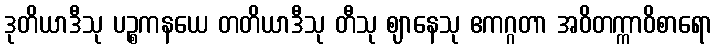
ဒုတိယာဒီသု ပဉ္စကနယေ တတိယာဒီသု တီသု ဈာနေသု ဧကဂ္ဂတာ အဝိတက္ကာဝိစာရော